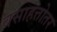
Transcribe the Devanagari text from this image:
वसाहत्तोतर